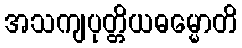
အသကျပုတ္တိယဓမ္မောတိ